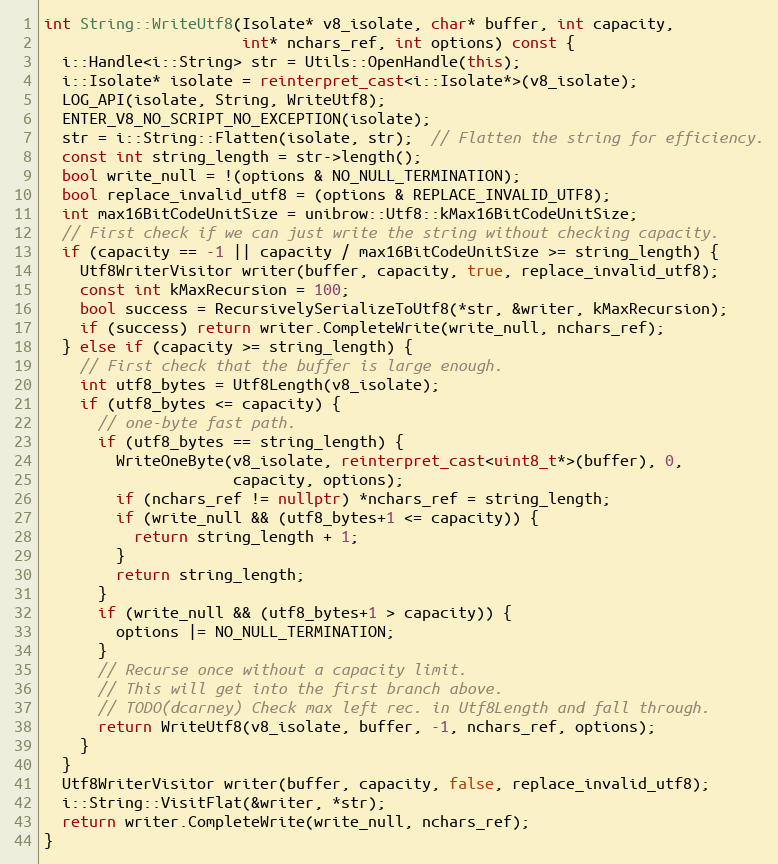
Language: C++
int String::WriteUtf8(Isolate* v8_isolate, char* buffer, int capacity,
                      int* nchars_ref, int options) const {
  i::Handle<i::String> str = Utils::OpenHandle(this);
  i::Isolate* isolate = reinterpret_cast<i::Isolate*>(v8_isolate);
  LOG_API(isolate, String, WriteUtf8);
  ENTER_V8_NO_SCRIPT_NO_EXCEPTION(isolate);
  str = i::String::Flatten(isolate, str);  // Flatten the string for efficiency.
  const int string_length = str->length();
  bool write_null = !(options & NO_NULL_TERMINATION);
  bool replace_invalid_utf8 = (options & REPLACE_INVALID_UTF8);
  int max16BitCodeUnitSize = unibrow::Utf8::kMax16BitCodeUnitSize;
  // First check if we can just write the string without checking capacity.
  if (capacity == -1 || capacity / max16BitCodeUnitSize >= string_length) {
    Utf8WriterVisitor writer(buffer, capacity, true, replace_invalid_utf8);
    const int kMaxRecursion = 100;
    bool success = RecursivelySerializeToUtf8(*str, &writer, kMaxRecursion);
    if (success) return writer.CompleteWrite(write_null, nchars_ref);
  } else if (capacity >= string_length) {
    // First check that the buffer is large enough.
    int utf8_bytes = Utf8Length(v8_isolate);
    if (utf8_bytes <= capacity) {
      // one-byte fast path.
      if (utf8_bytes == string_length) {
        WriteOneByte(v8_isolate, reinterpret_cast<uint8_t*>(buffer), 0,
                     capacity, options);
        if (nchars_ref != nullptr) *nchars_ref = string_length;
        if (write_null && (utf8_bytes+1 <= capacity)) {
          return string_length + 1;
        }
        return string_length;
      }
      if (write_null && (utf8_bytes+1 > capacity)) {
        options |= NO_NULL_TERMINATION;
      }
      // Recurse once without a capacity limit.
      // This will get into the first branch above.
      // TODO(dcarney) Check max left rec. in Utf8Length and fall through.
      return WriteUtf8(v8_isolate, buffer, -1, nchars_ref, options);
    }
  }
  Utf8WriterVisitor writer(buffer, capacity, false, replace_invalid_utf8);
  i::String::VisitFlat(&writer, *str);
  return writer.CompleteWrite(write_null, nchars_ref);
}